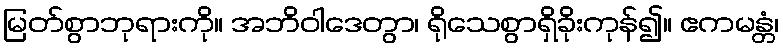
မြတ်စွာဘုရားကို။ အဘိဝါဒေတွာ၊ ရိုသေစွာရှိခိုးကုန်၍။ ဧကမန္တံ၊